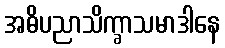
အဓိပညာသိက္ခာသမာဒါနေ